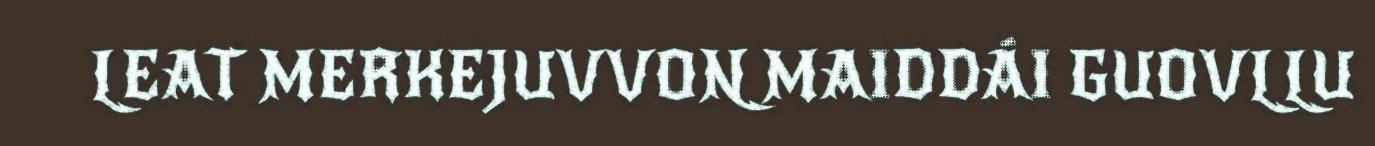
LEAT MERKEJUVVON MAIDDÁI GUOVLLU